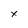
Character: x